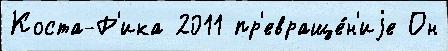
Коста-Р'ика 2011 пр'евраще́н'иjе Он